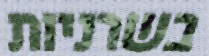
בשרניות